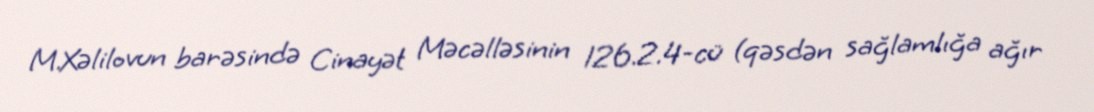
M.Xəlilovun barəsində Cinayət Məcəlləsinin 126.2.4-cü (qəsdən sağlamlığa ağır